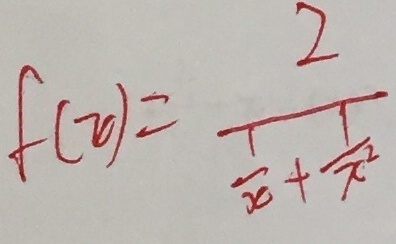
f ( x ) = \frac { 2 } { \frac { 1 } { x } + \frac { 1 } { x ^ { 2 } } }